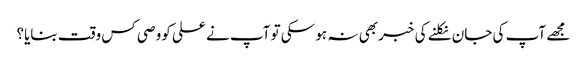
مجھے آپ کی جان نکلنے کی خبر بھی نہ ہو سکی تو آپ نے علی کووصی کس وقت بنایا؟